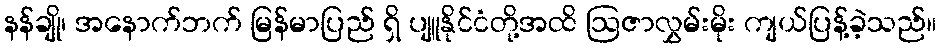
နန်ချို၊ အနောက်ဘက် မြန်မာပြည် ရှိ ပျူနိုင်ငံတို့အထိ ဩဇာလွှမ်းမိုး ကျယ်ပြန့်ခဲ့သည်။